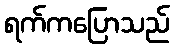
ရက်ကပြောသည်